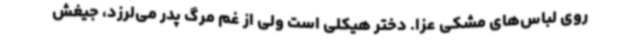
روی لباس‌های مشکی عزا. دختر هیکلی است ولی از غم مرگ پدر می‌لرزد، جیغش